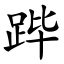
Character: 跸